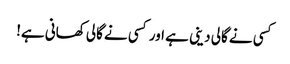
کسی نے گالی دینی ہے اور کسی نے گالی کھانی ہے!